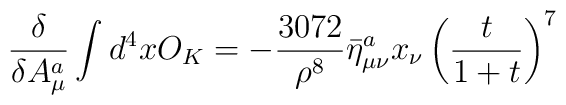
\frac{\delta }{\delta A_\mu^a}\int d^4xO_K=-\frac{3072}{\rho^8}\bar{\eta}^{a}_{\mu\nu}  x_\nu\left (\frac{t}{1+t}\right )^7